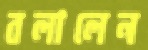
বলালেন